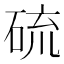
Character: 硫